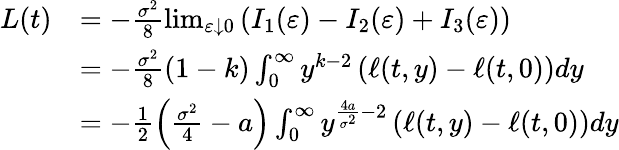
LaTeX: \begin{array}{rl}{L(t)}&{=-\frac{\sigma^{2}}{8}\operatorname*{lim}_{\varepsilon\downarrow 0}\left(I_{1}(\varepsilon)-I_{2}(\varepsilon)+I_{3}(\varepsilon)\right)}\\ &{=-\frac{\sigma^{2}}{8}\left(1-k\right)\int_{0}^{\infty}y^{k-2}\left(\ell(t,y)-\ell(t,0)\right)dy}\\ &{=-\frac{1}{2}\left(\frac{\sigma^{2}}{4}-a\right)\int_{0}^{\infty}y^{\frac{4a}{\sigma^{2}}-2}\left(\ell(t,y)-\ell(t,0)\right)dy}\end{array}